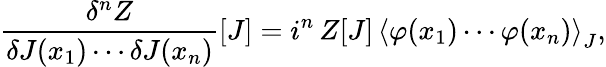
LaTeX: {\frac{\delta^{n}Z}{\delta J(x_{1})\cdots\delta J(x_{n})}}[J]=i^{n}\, Z[J]\, \left\langle\varphi(x_{1})\cdots\varphi(x_{n})\right\rangle_{J},